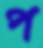
প